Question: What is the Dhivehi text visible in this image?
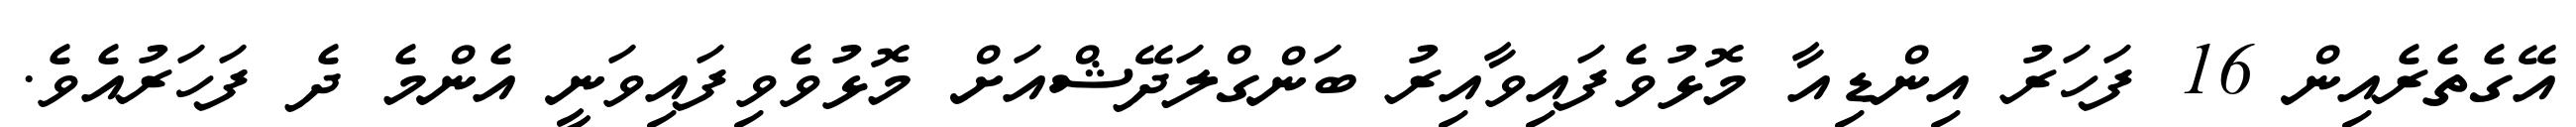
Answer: އޭގެތެރެއިން 16 ފަހަރު އިންޑިއާ މޮޅުވެފައިވާއިރު ބަންގްލަދޭޝްއަށް މޮޅުވެވިފައިވަނީ އެންމެ ދެ ފަހަރުއެވެ.